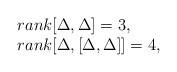
\begin{align*}\begin{array}{lcccl}$$rank[\Delta,\Delta]=3,$$ \\$$rank[\Delta,[\Delta,\Delta]]=4,$$ \\\end{array}\end{align*}